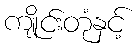
ကျိုင်းတုံနှင့်